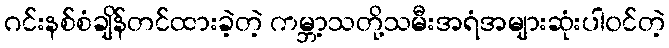
ဂင်းနစ်စံချိန်တင်ထားခဲ့တဲ့ ကမ္ဘာ့သတို့သမီးအရံအများဆုံးပါ၀င်တဲ့